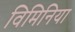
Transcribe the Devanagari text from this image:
विमिनिया